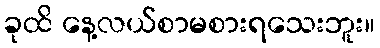
ခုထိ နေ့လယ်စာမစားရသေးဘူး။